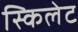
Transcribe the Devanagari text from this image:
स्किलेट